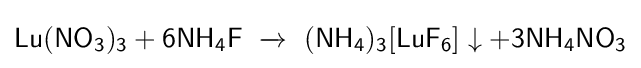
{\mathsf {Lu(NO_{3})_{3}+6NH_{4}F\ \xrightarrow {} \ (NH_{4})_{3}[LuF_{6}]\downarrow +3NH_{4}NO_{3}}}